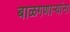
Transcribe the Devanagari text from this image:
बाळगणाऱ्यांना